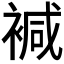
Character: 𧛡